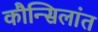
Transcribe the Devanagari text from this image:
कौन्सिलांत